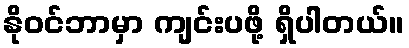
နိုဝင်ဘာမှာ ကျင်းပဖို့ ရှိပါတယ်။